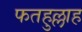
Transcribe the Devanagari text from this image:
फतहुल्लाह